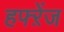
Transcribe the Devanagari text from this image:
हफ्ऱेंज